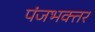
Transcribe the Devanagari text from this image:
पंजभक्तर